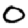
Digit: 0